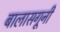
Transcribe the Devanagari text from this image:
बालासगूनी